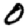
Digit: 0